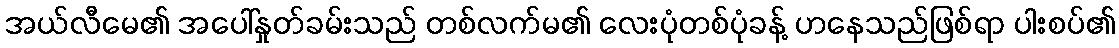
အယ်လီမေ၏ အပေါ်နှုတ်ခမ်းသည် တစ်လက်မ၏ လေးပုံတစ်ပုံခန့် ဟနေသည်ဖြစ်ရာ ပါးစပ်၏